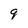
Character: 9